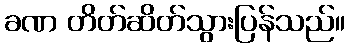
ခဏ တိတ်ဆိတ်သွားပြန်သည်။